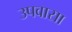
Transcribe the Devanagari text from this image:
उपवासा